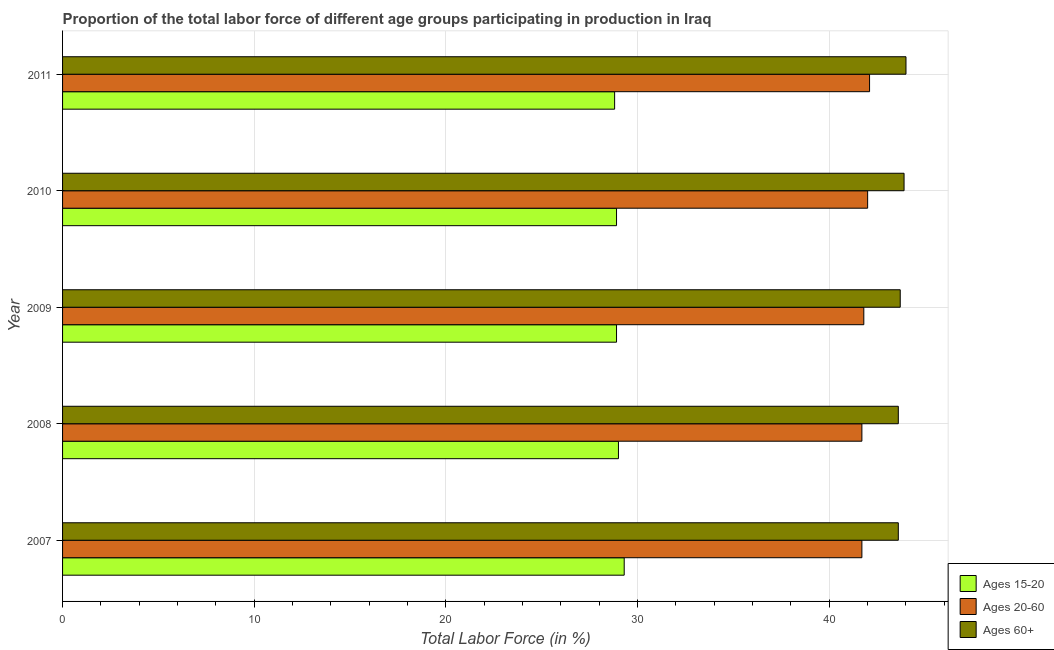
| Year | Ages 15-20 | Ages 20-60 | Ages 60+ |
 | --- | --- | --- | --- |
 | 2007 | 29.3 | 41.7 | 43.6 |
 | 2008 | 29 | 41.7 | 43.6 |
 | 2009 | 28.9 | 41.8 | 43.7 |
 | 2010 | 28.9 | 42 | 43.9 |
 | 2011 | 28.8 | 42.1 | 44 |